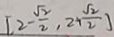
[ 2 - \frac { \sqrt { 2 } } { 2 } , 2 + \frac { \sqrt { 2 } } { 2 } ]